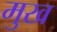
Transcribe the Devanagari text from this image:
मुख्‍ा